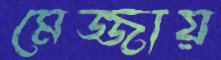
মেজ্জায়